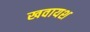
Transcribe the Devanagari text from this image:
खवायश